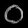
Digit: ၀